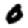
Digit: 0